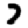
Digit: 7